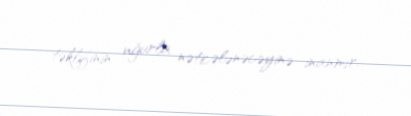
təklifinin uğurla nəticələnəcəyinə inanmır.